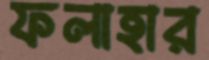
ফলাহার